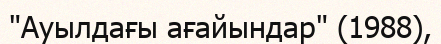
"Ауылдағы ағайындар" (1988),